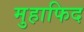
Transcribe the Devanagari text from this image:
मुहाफिद